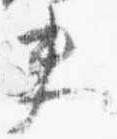
夫